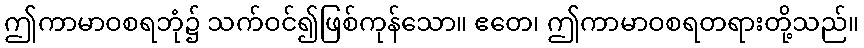
ဤကာမာဝစရဘုံ၌ သက်ဝင်၍ဖြစ်ကုန်သော။ ဧတေ၊ ဤကာမာဝစရတရားတို့သည်။